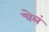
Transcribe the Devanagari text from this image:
चेलं